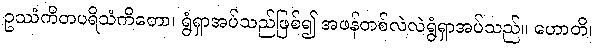
ဥဿံကိတပရိသံကိတော၊ ရွံရှာအပ်သည်ဖြစ်၍ အဖန်တစ်လဲလဲရွံရှာအပ်သည်။ ဟောတိ၊